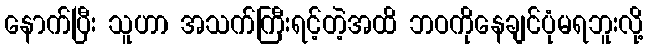
နောက်ပြီး သူဟာ အသက်ကြီးရင့်တဲ့အထိ ဘဝကိုနေချင်ပုံမရဘူးလို့